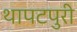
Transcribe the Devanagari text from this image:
थापटपुरी